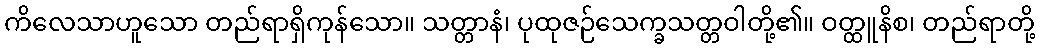
ကိလေသာဟူသော တည်ရာရှိကုန်သော။ သတ္တာနံ၊ ပုထုဇဉ်သေက္ခသတ္တဝါတို့၏။ ဝတ္ထူနိစ၊ တည်ရာတို့